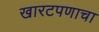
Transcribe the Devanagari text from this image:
खारटपणाचा